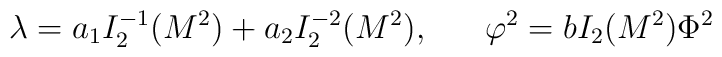
\lambda=a_1I^{-1}_2(M^2)+a_2I^{-2}_2(M^2), \ \ \ \ \ \varphi^2=bI_2(M^2)\Phi^2